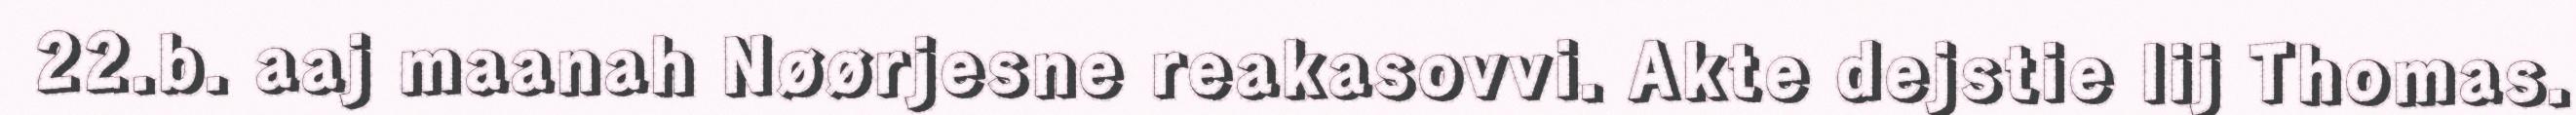
22.b. aaj maanah Nøørjesne reakasovvi. Akte dejstie lij Thomas.